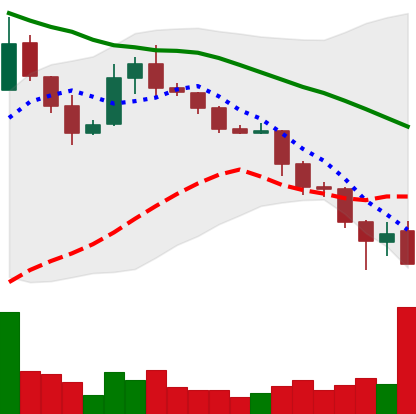
Ticker: XLM-USD
Chart end date: 2019-11-24
Forward return: 3.993%
Label: up_3_5